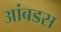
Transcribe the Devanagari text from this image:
आंबडस